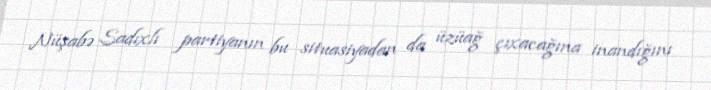
Nüşabə Sadıxlı partiyanın bu situasiyadan da üzüağ çıxacağına inandığını